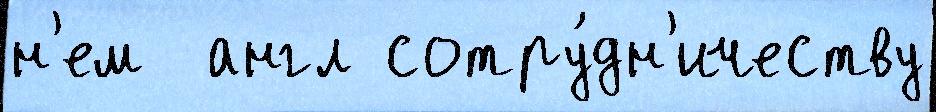
н'ем  англ сотру́дн'ичеству